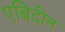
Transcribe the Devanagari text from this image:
एबिदीन